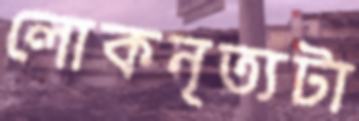
লোকনৃত্যটা